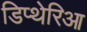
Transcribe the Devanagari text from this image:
डिप्थेरिआ